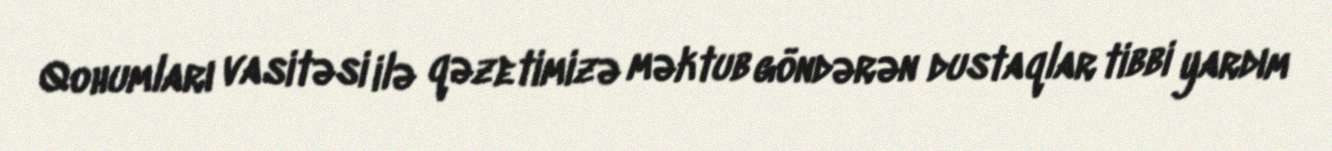
Qohumları vasitəsi ilə qəzetimizə məktub göndərən dustaqlar tibbi yardım